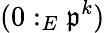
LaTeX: (0:_{E}{\mathfrak{p}}^{k})